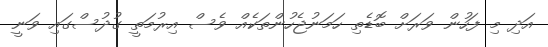
އަދި މި ފަހުން ވަރަށް ބޮޑެތި ހަމަނުޖެހުންތަކެއް ވެސް އިރުމަތީ ގުދުސްގައި ވަނީ